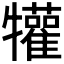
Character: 𤜍